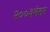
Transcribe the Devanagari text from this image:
२००३नंतर